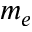
m _ { e }